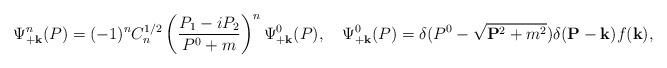
LaTeX: \begin{align*}\Psi^n_{+\bf k}(P)=(-1)^n C^{1/2}_n\left(\frac{P_1-iP_2}{P^0+m}\right)^{n}\Psi^0_{+\bf k}(P),\quad\Psi^0_{+\bf k}(P)=\delta(P^0-\sqrt{{\bf P}^2+m^2})\delta ({\bf P}-{\bf k})f({\bf k}),\end{align*}